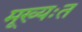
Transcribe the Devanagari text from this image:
मूख्यःत